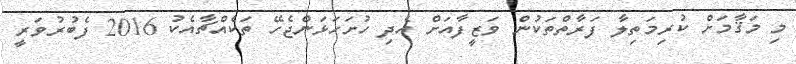
މި މަޤާމަށް ކުރިމަތިލާ ފަރާތްތަކުން ވަޒީފާއަށް އެދި ހުށަހަޅަންޖެހޭ ތަކެއްޗާއެކު 2016 ފެބުރުވަރީ